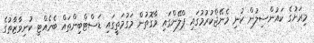
މިރަށުގެ ކައުންސިލުން ކުނި މެނޭޖްކުރުމުގައި ޕްލޭންގައި ވާގޮތުން މަގުމަތީގައި ޑަސްޓްބިންތައް ބެހެއްޓި ކުނިވާޒާތުގެ